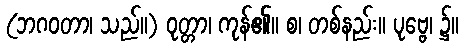
(ဘဂဝတာ၊ သည်။) ဝုတ္တာ၊ ကုန်၏။ စ၊ တစ်နည်း။ ပုဗ္ဗေ၊ ၌။